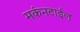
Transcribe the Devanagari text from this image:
मर्कनटाईल